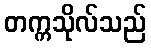
တက္ကသိုလ်သည်